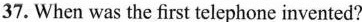
37. When was the first telephone invented?